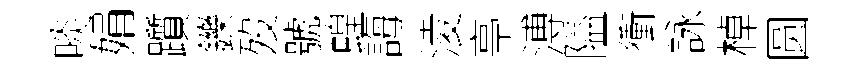
啖娟躓鑠歿號蝗誨淩亭溥隘衝詠棹圆